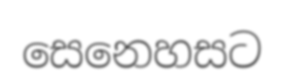
සෙනෙහසට